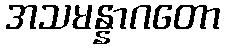
အသမန္နာဂတော